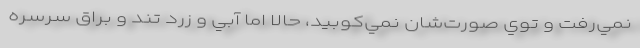
نمي‌رفت و توي صورت‌شان نمي‌كوبيد، حالا اما آبي و زرد تند و براق سرسره